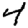
Digit: 4